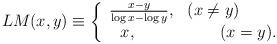
LaTeX: \begin{align*}LM( x,y ) \equiv \left\{ \begin{array}{l}\frac{x - y}{\log x - \log y},\,\,\,\,( x \ne y )\\\,\,\,\,x,\,\,\,\,\,\,\,\,\,\,\,\,\,\,\,\,\,\,\,\,\,\,\,\,\,\,\,\,\,\,( x = y).\end{array} \right.\,\end{align*}